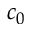
c _ { 0 }